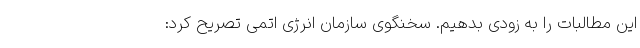
این مطالبات را به زودی بدهیم. سخنگوی سازمان انرژی اتمی تصریح کرد: